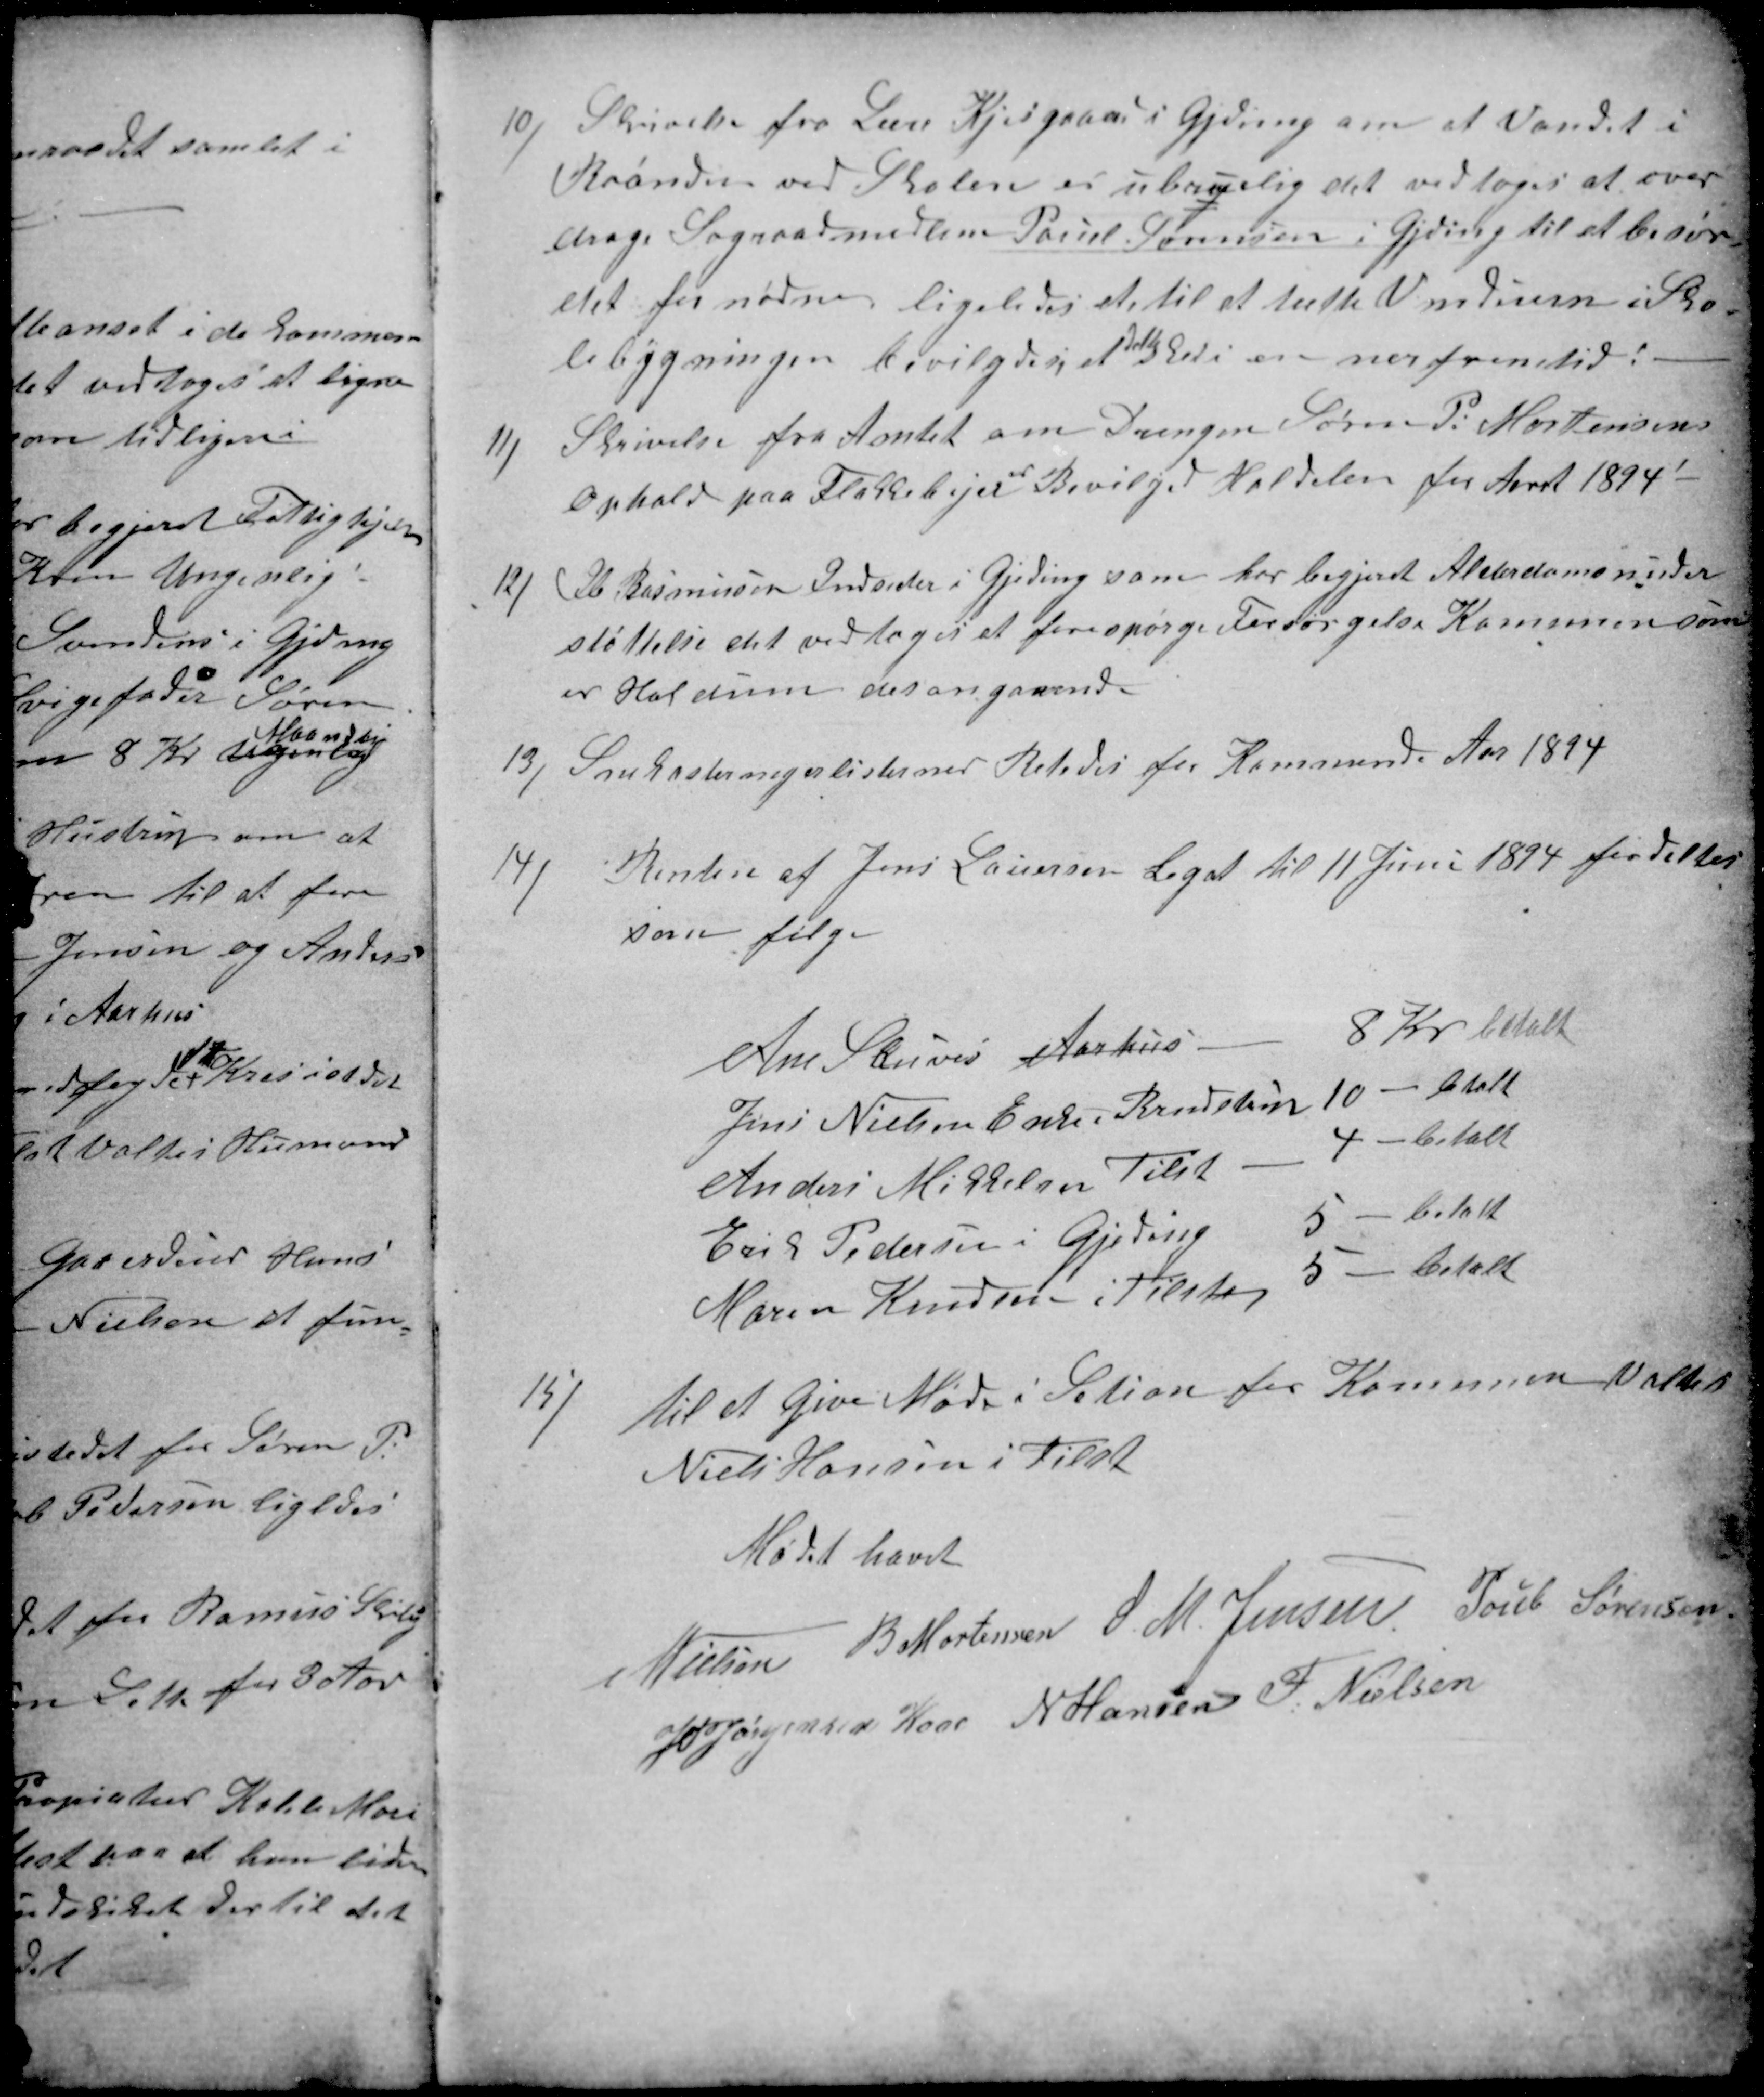
Transskription:
10)
Skrivelse for Lære Kjergaard i Gjeding om at Vandet i
Brønden ved Skolen er ubrugelig det vedtoges at over
drage Sognraadsmedlem Pouel Sørensen i Gjeding til at besør
det for nødne ligeledes at til at tætte Vinduern i Sko-
le bygningen bevilgedes at 
tætte
det i en ner fremtid :
11)
Skrivelse fra Amtet om Drengen Søren P. Mortensens
Ophold paa Flakkebjer
er
Bevilget Haldelen for Aaret 1894
12)
Ib Rasmussen Indsider i Gjeding som har begjeret Alderdomsunder
støttelse det vedtoges at forespørge Forsørgelse Kommunen som
er Haldum desangaaende.
13)
Snekasteringeslisterner Retedes for Kommende Aar 1894
14)
Renten af Jens Lauersens Legat til 11 Juni 1894 fordeltes
som følge
Ane Skriver Aarhus 
8 Kr betalt
Jens Nielsen Enke i Brenstrup 10 - betalt
Anders Mikkelsen Tilst - 4 - betalt
Erik Pedersen i Gjeding
5 - betalt
Maren Knudsen i Tilst
5 - betalt
15)
til at give Møde i Setion for Kommunen Valtes
Niels Hansen i Tilst
Mødet hævet
N Nielsen
B Mortensen
S. M. Jensen
Poul Sørensen
J P Jørgensen Kaae
N Hansen
F. Nielsen